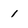
Character: 1